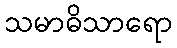
သမာဓိသာရော